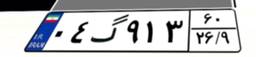
۰۲گ۹۳۷۷۰